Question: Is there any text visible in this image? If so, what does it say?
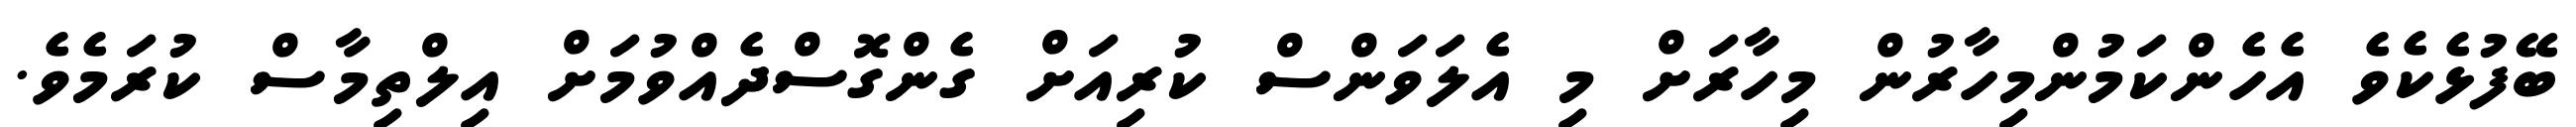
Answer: ބޭފުޅެކެވެ އެހެންކަމުންމިހާރުން މިހާރަށް މި އެލަވަންސް ކުރިއަށް ގެންގޮސްދެއްވުމަށް އިލްތިމާސް ކުރަމެވެ.